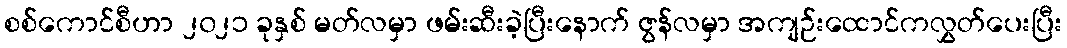
စစ်ကောင်စီဟာ ၂၀၂၁ ခုနှစ် မတ်လမှာ ဖမ်းဆီးခဲ့ပြီးနောက် ဇွန်လမှာ အကျဉ်းထောင်ကလွှတ်ပေးပြီး